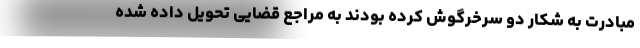
مبادرت به شکار دو سرخرگوش کرده بودند به مراجع قضایی تحویل داده شده